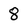
Character: 8